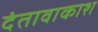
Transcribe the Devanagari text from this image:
दंतावाकाश